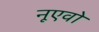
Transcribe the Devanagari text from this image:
नूएवो